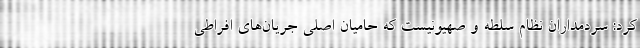
کرد: سردمداران نظام سلطه و صهیونیست که حامیان اصلی جریان‌های افراطی